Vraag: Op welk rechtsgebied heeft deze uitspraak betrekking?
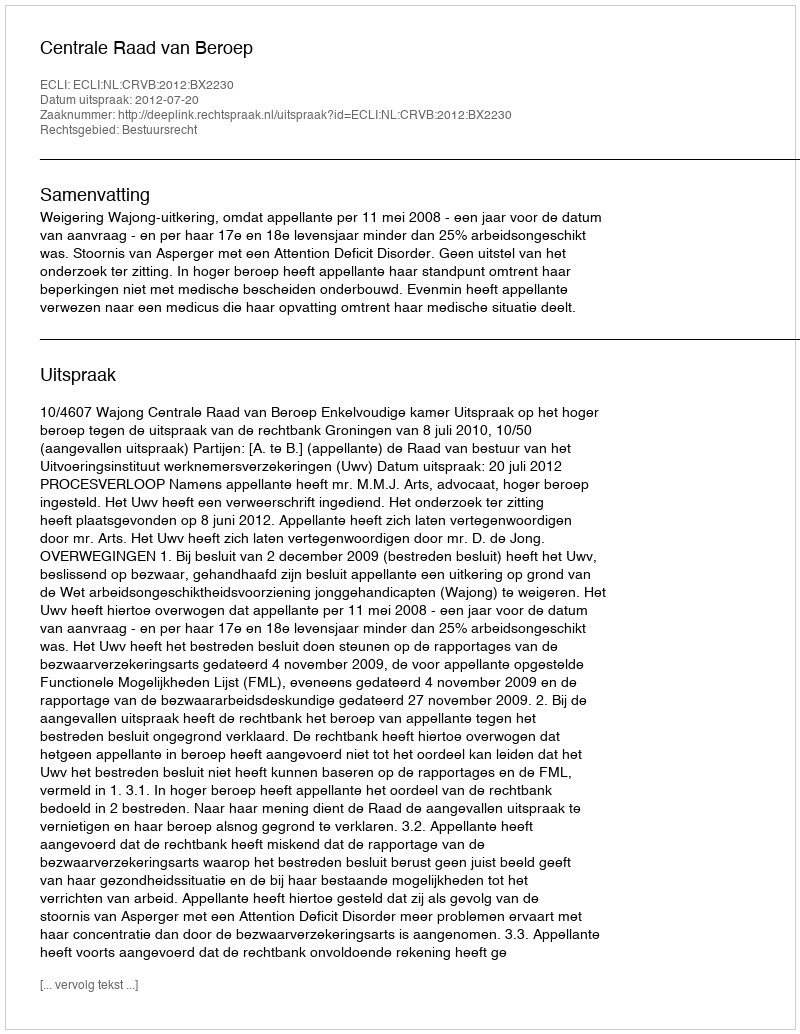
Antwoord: Bestuursrecht